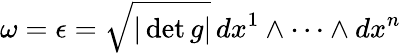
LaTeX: \omega=\epsilon={\sqrt{|\operatorname*{det}g|}}\, dx^{1}\wedge\cdots\wedge dx^{n}